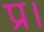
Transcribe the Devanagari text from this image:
प्र।